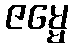
ဇမ္မေ